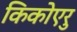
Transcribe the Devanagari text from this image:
किकोएरु